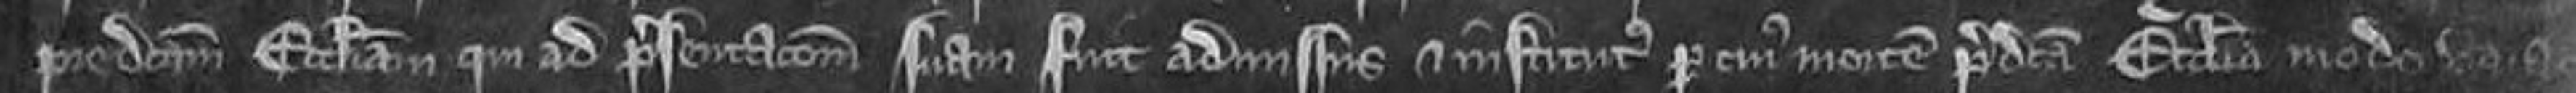
predictam ecclesiam. qui ad presentacionem suam fuit admissus et institutus. per cujus mortem predicta ecclesia modo vacat